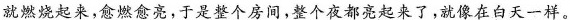
就燃烧起来愈燃愈亮，于是整个房间，整个夜都亮起来了，就像在白天一样。